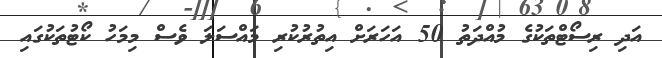
އަދި ރިސޯޓްތަކުގެ މުއްދަތު 50 އަހަރަށް އިތުރުކުރި މައްސަލަ ވެސް މިމަހު ކޯޓުތަކުގައި